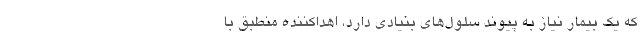
كه یك بیمار نیاز به پیوند سلول‌های بنیادی دارد، اهداكننده منطبق با